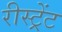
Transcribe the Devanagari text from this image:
रीस्ट्रेंट